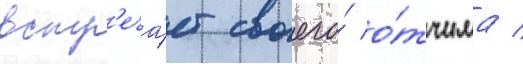
встр'еча́ет своего́ о́тчима /